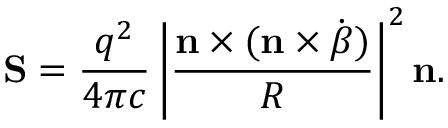
\mathbf { S } = { \frac { q ^ { 2 } } { 4 \pi c } } \left| { \frac { \mathbf { n } \times ( \mathbf { n } \times { \dot { \boldsymbol { \beta } } } ) } { R } } \right| ^ { 2 } \mathbf { n } .